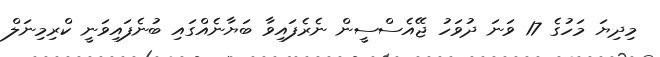
މިދިޔަ މަހުގެ 17 ވަނަ ދުވަހު ޖޭއެސްސީން ނެރެފައިވާ ބަޔާނެއްގައި ބުނެފައިވަނީ ކްރިމިނަލް